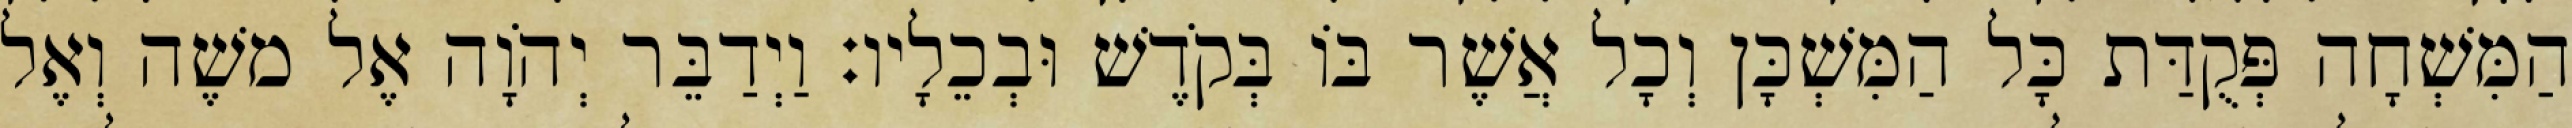
הַמִּשְׁחָה פְּקֻדַּת כָּל הַמִּשְׁכָּן וְכָל אֲשֶׁר בּוֹ בְּקֹדֶשׁ וּבְכֵלָיו׃ וַיְדַבֵּר יְהֹוָה אֶל משֶׁה וְאֶל